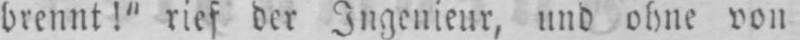
brennt!“ rief der Ingenieur, und ohne von